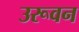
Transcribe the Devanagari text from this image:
उरूवन